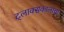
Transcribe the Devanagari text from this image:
ट्लाक्सकालाचा